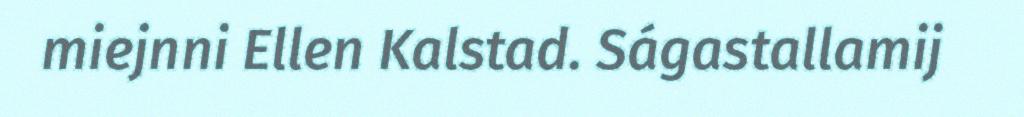
miejnni Ellen Kalstad. Ságastallamij